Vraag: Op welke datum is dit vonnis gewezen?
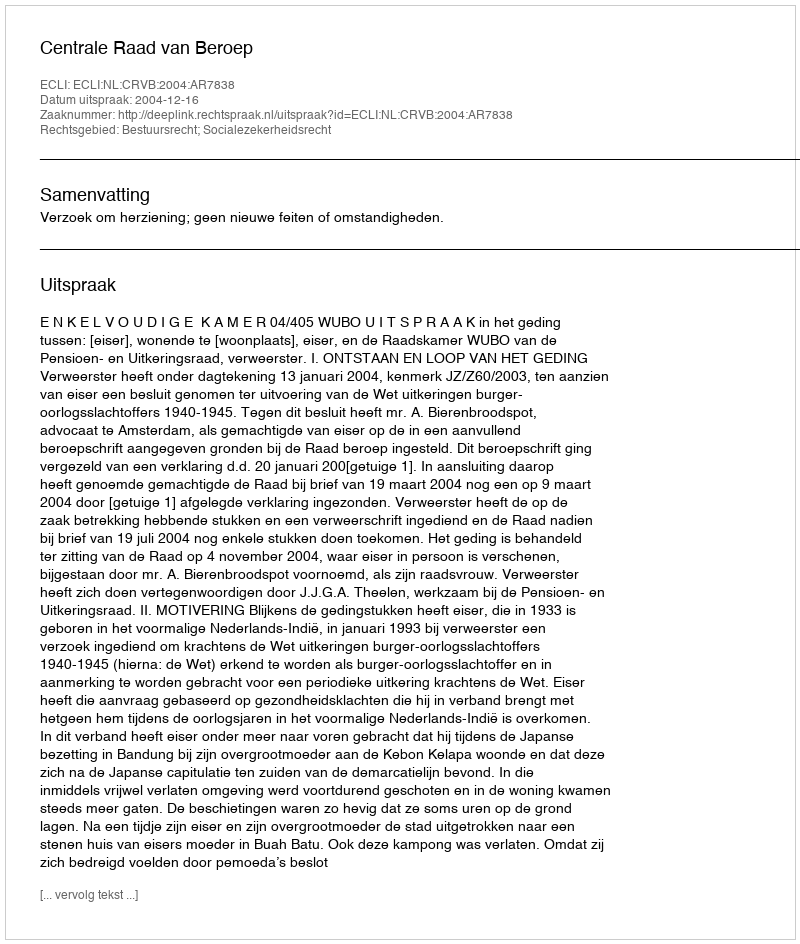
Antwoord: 2004-12-16